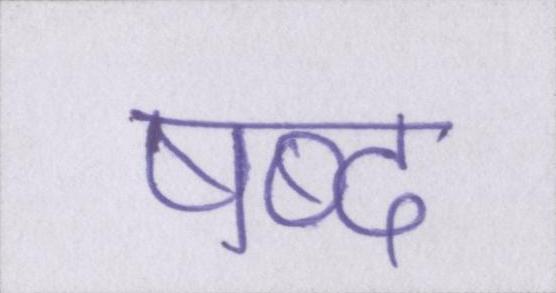
षब्द